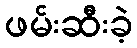
ဖမ်းဆီးခဲ့